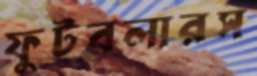
ফুটবলারস